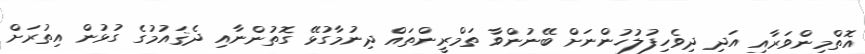
އޮތްމިންވަރާއި އަދި ދިވެހިފުލުހުންނަށް ބޭނުންވާ ތަމްރީންތައް ދިނުމާގުޅޭ ގޮތުންނާއި ދެޤައުމުގެ ގުޅުން އިތުރަށް